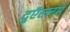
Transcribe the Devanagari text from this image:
दुऍल्लम